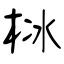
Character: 栤